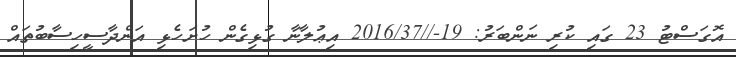
އޮގަސްޓު 23 ގައި ކުރި ނަންބަރު: 19-//2016/37 އިޢުލާނާ ގުޅިގެން ހުށަހެޅި އަންދާސީހިސާބުތައް